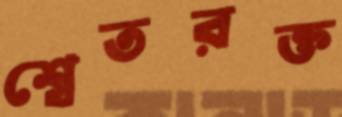
শ্বেতরক্ত